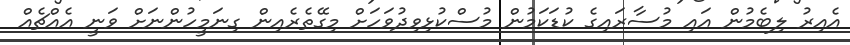
އެއިރު ލިބެމުން އައި މުސާރައިގެ ކުޑަކަމުން މުސްކުޅިވިދުވަހަށް މިގޭތެރެއިން ގިނަމީހުންނަށް ވަނީ އެއްޗެއް